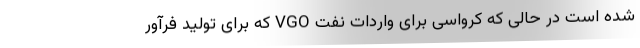
شده است در حالی که کرواسی برای واردات نفت VGO که برای تولید فرآور